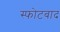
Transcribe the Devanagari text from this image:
स्फोटबाद